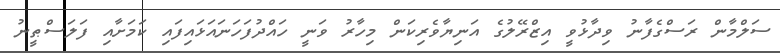
ސަލްމާން ރަސްގެފާނު ވިދާޅުވީ އިޒްރޭލުގެ އަނިޔާވެރިކަން މިހާރު ވަނީ ހައްދުފަހަނައަޅައިފައި ކަމަށާއި ފަލަސްޠީނު